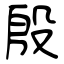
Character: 殷